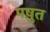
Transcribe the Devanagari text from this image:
पष़ुत